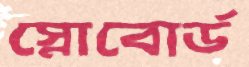
স্নোবোর্ড